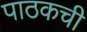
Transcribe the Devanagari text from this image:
पाठकची